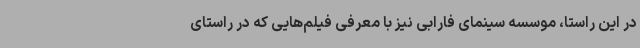
در این راستا، موسسه سینمای فارابی نیز با معرفی فیلم‌هایی که در راستای